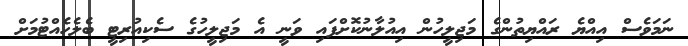
ނަމަވެސް އިއްޔެ ރައްޔިތުންގެ މަޖިލީހުން އިއުލާނުކޮށްފައި ވަނީ އެ މަޖިލީހުގެ ސެކިއުރިޓީ ބެލެހެއްޓުމަށް